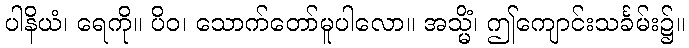
ပါနိယံ၊ ရေကို။ ပိဝ၊ သောက်တော်မူပါလော။ အသ္မိံ၊ ဤကျောင်းသင်္ခမ်း၌။